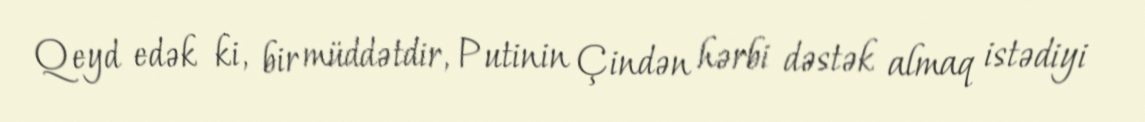
Qeyd edək ki, bir müddətdir, Putinin Çindən hərbi dəstək almaq istədiyi